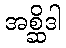
အစ္ဆိဒါ